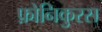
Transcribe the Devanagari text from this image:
फ़ोनिकुरस